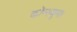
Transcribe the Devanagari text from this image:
कॉन्स्युमर